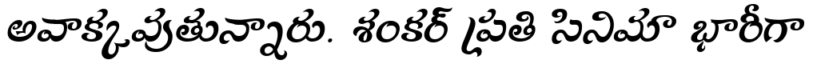
అవాక్కవుతున్నారు. శంకర్ ప్రతి సినిమా భారీగా